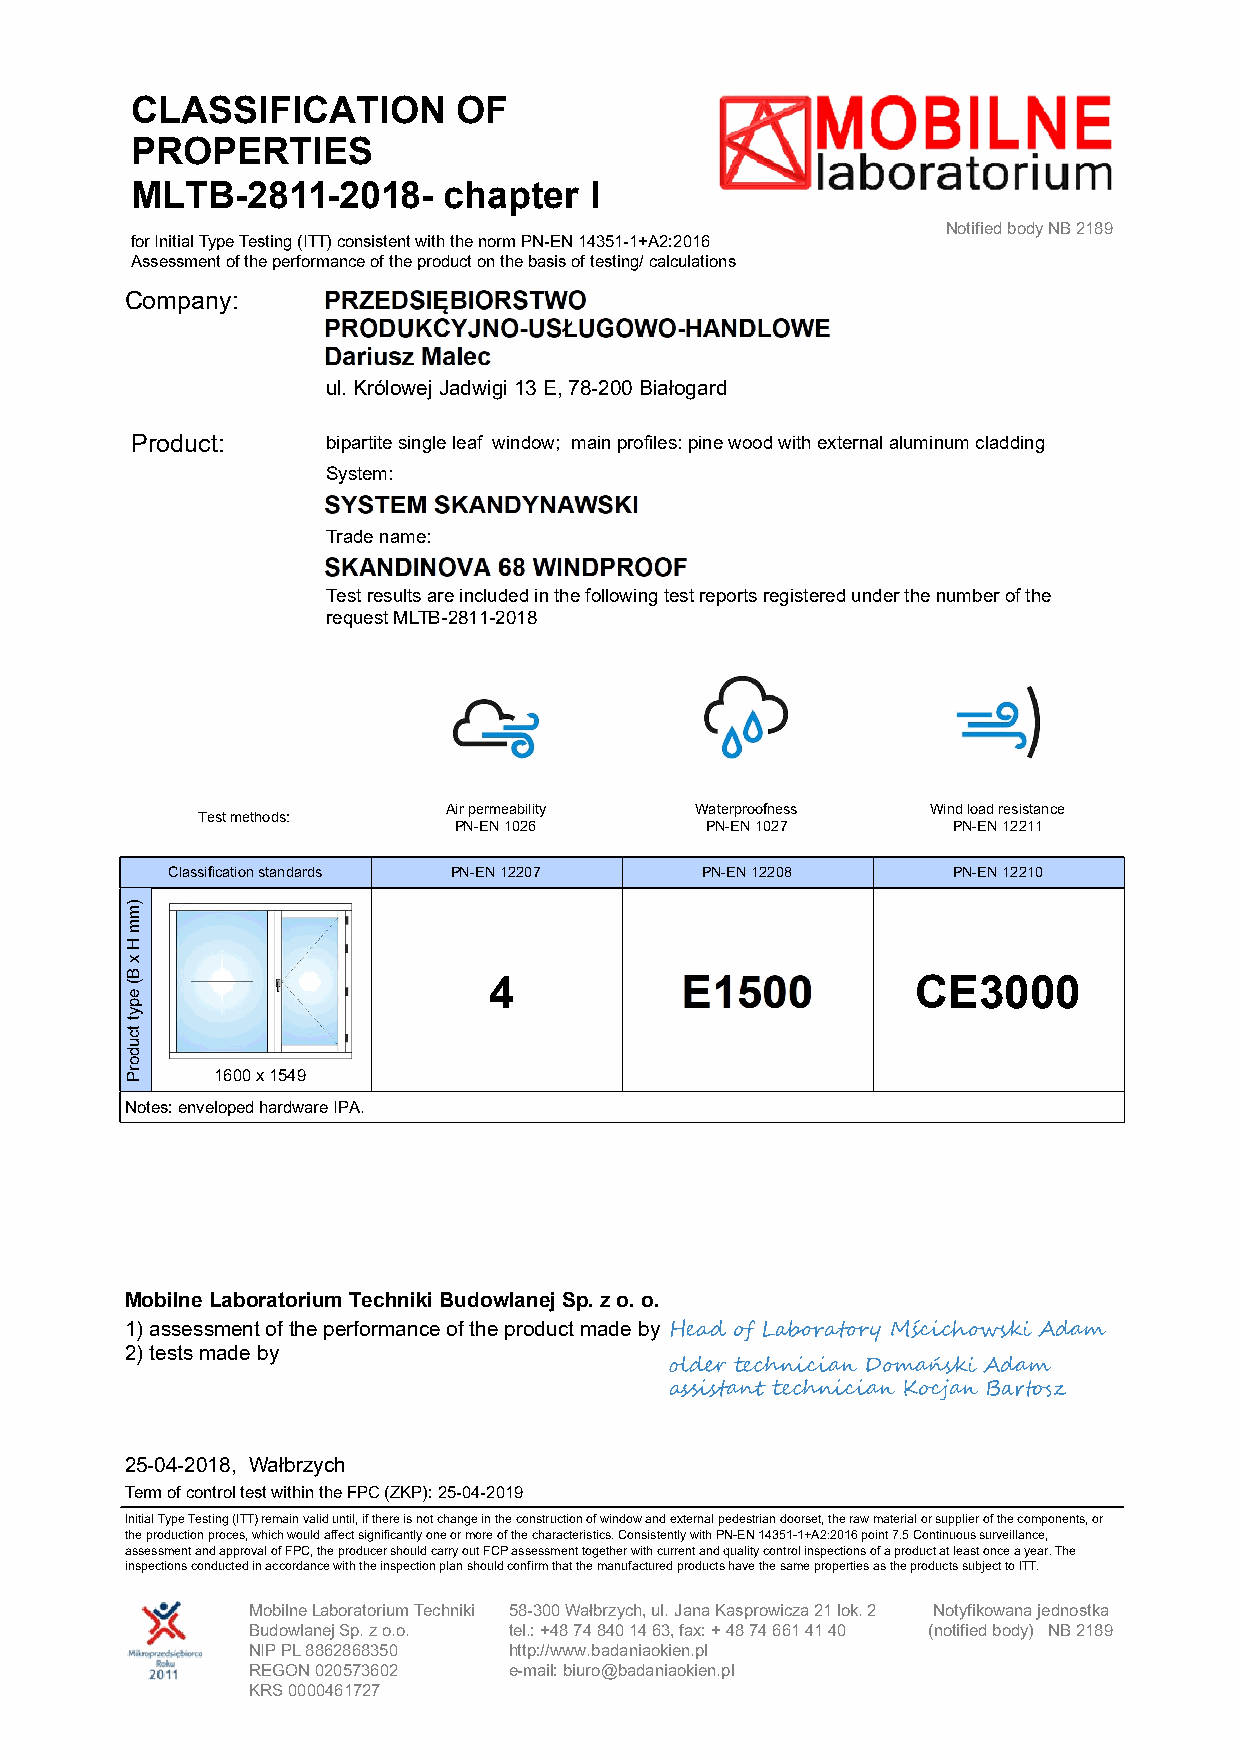
CLASSIFICATION       OF
 PROPERTIES
 MLTB-2811-2018-     chapter   I
 Notified body NB 2189
 for Initial Type Testing (ITT) consistent with the norm PN-EN 14351-1+A2:2016
 Assessment of the performance of the product on the basis of testing/ calculations
 Company:
 ul. Królowej Jadwigi 13 E, 78-200 Białogard
 Product:     bipartite single leaf window; main profiles: pine wood with external aluminum cladding
 System:
 Trade name:
 Test results are included in the following test reports registered under the number of the
 request MLTB-2811-2018
 Air permeability Waterproofness Wind load resistance
 Test methods:
 PN-EN 1026       PN-EN 1027      PN-EN 12211
 Classification standards PN-EN 12207 PN-EN 12208    PN-EN 12210
 4                            CE3000
 1600 x 1549
 Notes: enveloped hardware IPA.
 Mobilne Laboratorium Techniki Budowlanej Sp. z o. o.
 1) assessment of the performance of the product made by
 2) tests made by
 older t hn  n D m ń
 t hn   n     n
 25-04-2018, Wałbrzych
 Term of control test within the FPC (ZKP): 25-04-2019
 Initial Type Testing (ITT) remain valid until, if there is not change in the construction of window and external pedestrian doorset, the raw material or supplier of the components, or
 the production proces, which would affect significantly one or more of the characteristics. Consistently with PN-EN 14351-1+A2:2016 point 7.5 Continuous surveillance,
 assessment and approval of FPC, the producer should carry out FCP assessment together with current and quality control inspections of a product at least once a year. The
 inspections conducted in accordance with the inspection plan should confirm that the manufactured products have the same properties as the products subject to ITT.
 Mobilne Laboratorium Techniki 58-300 Wałbrzych, ul. Jana Kasprowicza 21 lok. 2 Notyfikowana jednostka
 Budowlanej Sp. z o.o. tel.: +48 74 840 14 63, fax: + 48 74 661 41 40 (notified body) NB 2189
 NIP PL 8862868350 http://www.badaniaokien.pl
 REGON 020573602   e-mail: biuro@badaniaokien.pl
 KRS 0000461727
 )mm
 H
 x
 B(
 epyt
 tcudorP